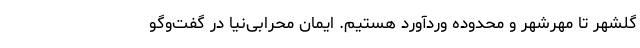
گلشهر تا مهرشهر و محدوده وردآورد هستیم. ایمان محرابی‌نیا در گفت‌وگو